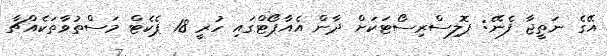
އޭގެ ނަތީޖާ ފެނޭ: ޕޮލިސްރިސޯޓަކަށް ދާން އެއާޕޯޓްގައި ހުރީ 18 ޕެކެޓް މަސްތުވާތަކެއްޗާ